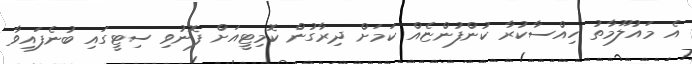
އެ މައުލޫމާތު ހިއްސާކުރާ ކުންފުންޏެއް ކަމަށް ދިރާގުން ކޮމިޓީއަށް ފޮނުވި ސިޓީގައި ބުނެފައިވާ